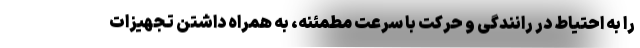
را به احتیاط در رانندگی و حرکت با سرعت مطمئنه، به همراه داشتن تجهیزات